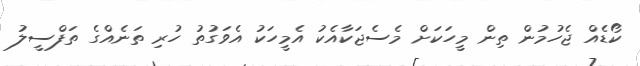
ކޯޑެއް ޖެހުމުން ތިން މީހަކަށް މެސެޖަކާއެކު އެމީހަކު އެވަގުތު ހުރި ތަނެއްގެ ތަފްސީލު